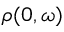
\rho ( 0 , \omega )